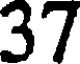
37